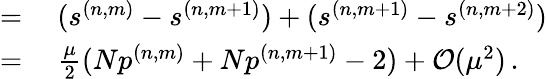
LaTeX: \begin{array}{rl}{=}&{{}~(s^{(n,m)}-s^{(n,m+1)})+(s^{(n,m+1)}-s^{(n,m+2)})}\\ {=}&{{}~\frac{\mu}{2}(Np^{(n,m)}+Np^{(n,m+1)}-2)+\mathcal{O}(\mu^{2})\, .}\end{array}